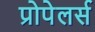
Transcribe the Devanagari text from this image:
प्रोपेलर्स